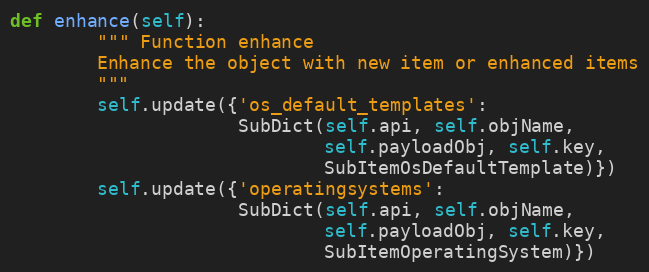
Language: Python
def enhance(self):
        """ Function enhance
        Enhance the object with new item or enhanced items
        """
        self.update({'os_default_templates':
                     SubDict(self.api, self.objName,
                             self.payloadObj, self.key,
                             SubItemOsDefaultTemplate)})
        self.update({'operatingsystems':
                     SubDict(self.api, self.objName,
                             self.payloadObj, self.key,
                             SubItemOperatingSystem)})